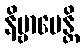
နိဗ္ဗာပေန္တိ